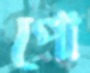
পো